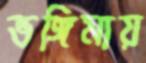
ভঙ্গিমায়